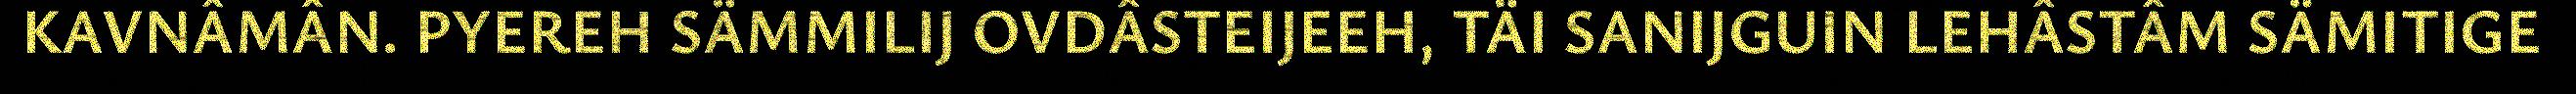
KAVNÂMÂN. PYEREH SÄMMILIJ OVDÂSTEIJEEH, TÄI SANIJGUIN LEHÂSTÂM SÄMITIGE